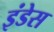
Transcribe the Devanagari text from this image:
इंडेस